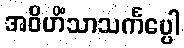
အဝိဟိံသာသင်္ကပ္ပေါ